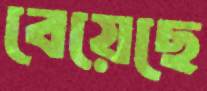
বেয়েছে